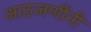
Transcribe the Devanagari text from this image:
आठजणींनी